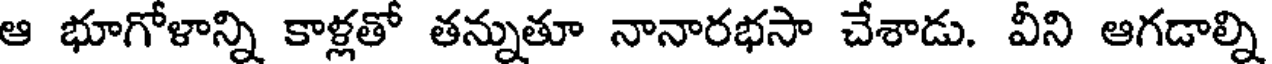
ఆ భూగోళాన్ని కాళ్లతో తన్నుతూ నానారభసా చేశాడు. వీని ఆగడాల్ని